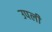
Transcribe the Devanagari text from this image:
उपली